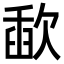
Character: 歃